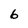
Character: 6